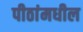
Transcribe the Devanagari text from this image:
पीठांमधील